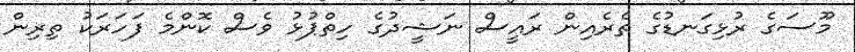
މޫސަގެ ރުޅިގަނޑުގެ ތެރެއިން ރައީސް ނަޝީދުގެ ހިތްޕުޅު ވެސް ކޮންމެ ފަހަރަކު ތިރިން